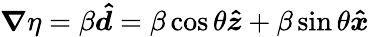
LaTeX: \boldsymbol{\nabla}\eta=\beta\boldsymbol{\hat{d}}=\beta\cos\theta\boldsymbol{\hat{z}}+\beta\sin\theta\boldsymbol{\hat{x}}